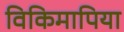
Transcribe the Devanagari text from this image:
विकिमापिया